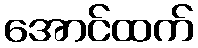
အောင်ထက်